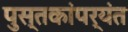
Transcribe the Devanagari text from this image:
पुस्तकांपर्यंत